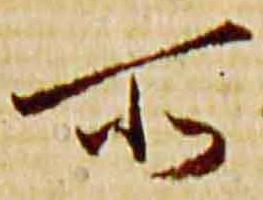
所